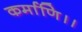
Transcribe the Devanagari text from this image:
कर्माणि।।